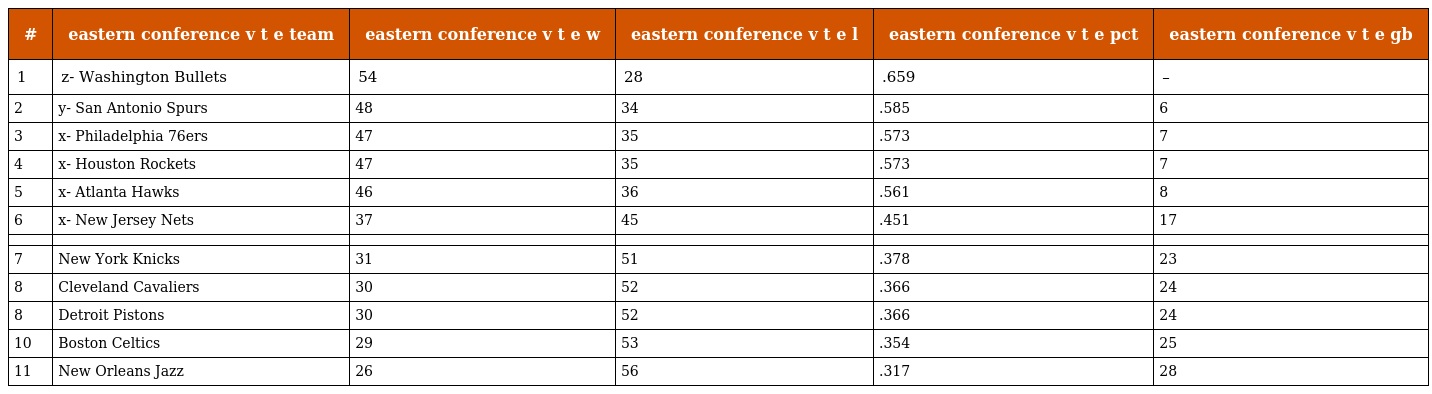
| # | eastern conference v t e team | eastern conference v t e w | eastern conference v t e l | eastern conference v t e pct | eastern conference v t e gb |
 | --- | --- | --- | --- | --- | --- |
 | 1 | z- Washington Bullets | 54 | 28 | .659 | – |
 | 2 | y- San Antonio Spurs | 48 | 34 | .585 | 6 |
 | 3 | x- Philadelphia 76ers | 47 | 35 | .573 | 7 |
 | 4 | x- Houston Rockets | 47 | 35 | .573 | 7 |
 | 5 | x- Atlanta Hawks | 46 | 36 | .561 | 8 |
 | 6 | x- New Jersey Nets | 37 | 45 | .451 | 17 |
 |  |  |  |  |  |  |
 | 7 | New York Knicks | 31 | 51 | .378 | 23 |
 | 8 | Cleveland Cavaliers | 30 | 52 | .366 | 24 |
 | 8 | Detroit Pistons | 30 | 52 | .366 | 24 |
 | 10 | Boston Celtics | 29 | 53 | .354 | 25 |
 | 11 | New Orleans Jazz | 26 | 56 | .317 | 28 |